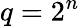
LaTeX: q=2^{n}